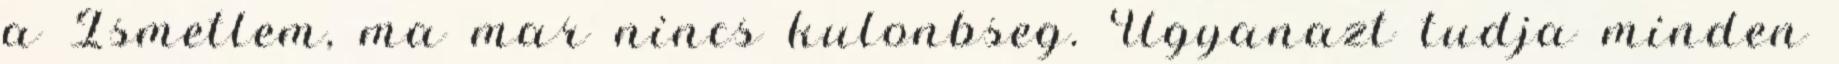
a Ismetlem, ma mar nincs kulonbseg. Ugyanazt tudja minden